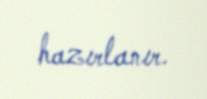
hazırlanır.